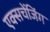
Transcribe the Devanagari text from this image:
एक्सचेंजिंग